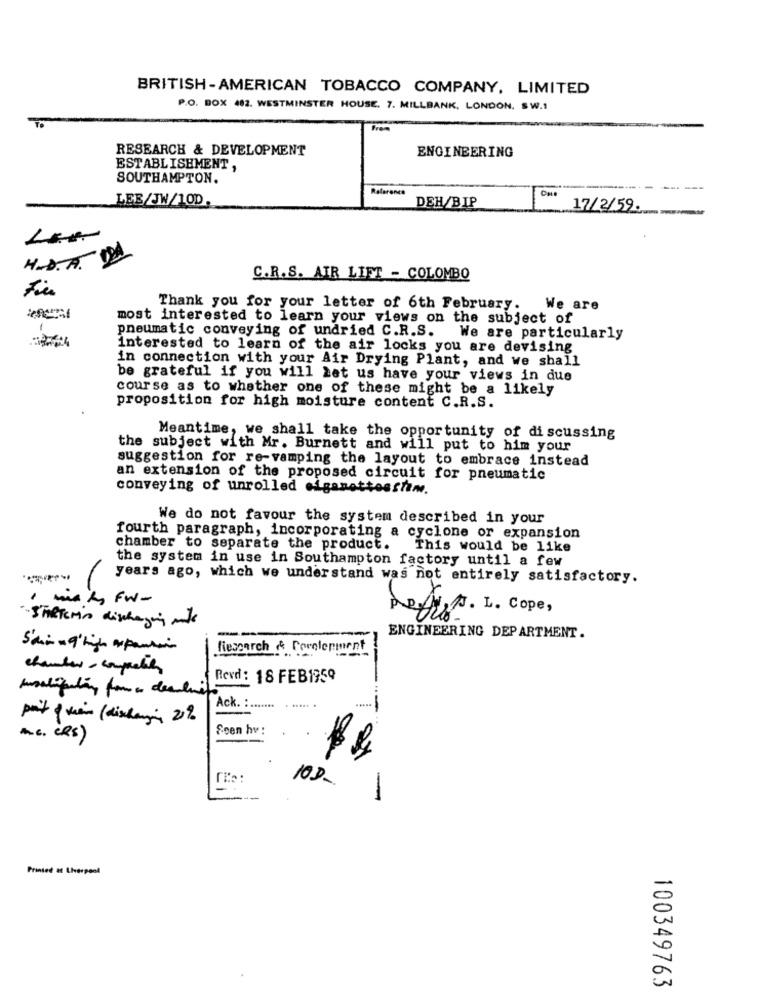
BRITISH-AMERICAN TOBACCO COMPANY, LIMITED
P.O. BOX 482. WESTMINSTER HOUSE. 7. MILLBANK, LONDON. SW.1
RESEARCH & DEVELOPMENT
ENGINEERING
ESTABLISHMENT ,
SOUTHAMPTON.
Reference
LEE/JW/10D.
DEH/BIP
17/2/59.
H.D.A. DA
C.R.S. AIR LIFT - COLOMBO
Thank you for your letter of 6th February.
We are
most interested to learn your views on the subject of
pneumatic conveying of undried C.R.S. We are particularly
interested to learn of the air locks you are devising
in connection with your Air Drying Plant, and we shall
be grateful if you will Let us have your views in due
course as to whether one of these might be a likely
proposition for high moisture content C.R.S.
Meantime, we shall take the opportunity of discussing
the subject with Mr. Burnett and will put to him your
suggestion for re-vamping the layout to embrace instead
an extension of the proposed circuit for pneumatic
conveying of unrolled eiganettesstam.
We do not favour the system described in your
fourth paragraph, incorporating a cyclone or expansion
chamber to separate the product.
This would be like
the system in use in Southampton factory until a few
years ago, which we understand was not entirely satisfactory.
maks fw-
Defies. I. Cope,
-STARTEMis dischegig ants
--
ENGINEERING DEPARTMENT.
Sain - g' high apantin
Research & Coralemment
chamber- composte
Revd: 18 FEB1959
boatifulin forma declini
Ack. :..
. .....
point of view (discharging 2%
Seen hv :
Ac. CRS)
10D-
-
Printed at Liverpool
100349763